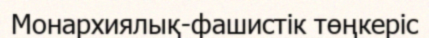
Монархиялық-фашистік төңкеріс